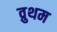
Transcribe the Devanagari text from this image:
व्रुथम